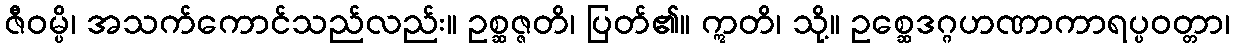
ဇီဝမ္ပိ၊ အသက်ကောင်သည်လည်း။ ဥစ္ဆဇ္ဇတိ၊ ပြတ်၏။ ဣတိ၊ သို့။ ဥစ္ဆေဒဂ္ဂဟဏာကာရပ္ပဝတ္တာ၊